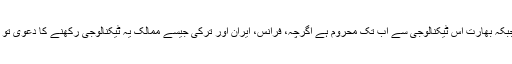
اس سے قبل متحدہ امریکہ، اسرائیل، برطانیہ اور چین کے پاس یہ ٹیکنالوجی موجود تھی جبکہ بھارت اس ٹیکنالوجی سے اب تک محروم ہے اگرچہ، فرانس، ایران اور ترکی جیسے ممالک یہ ٹیکنالوجی رکھنے کا دعویٰ تو کرتے ہیں لیکن عملی طور پر ان ممالک نےابھی تک اس قسم کا کوئی تجربہ نہیں کیا ہے۔